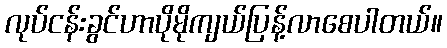
လုပ်ငန်းခွင်ဟာပိုမိုကျယ်ပြန့်လာစေပါတယ်။